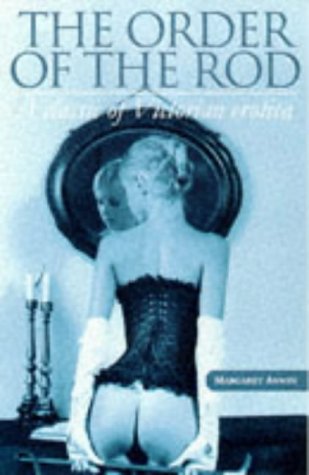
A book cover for The Order of the Rod:  A Classic of Victorian Erotica (The erotica series); Margaret Anson; Romance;